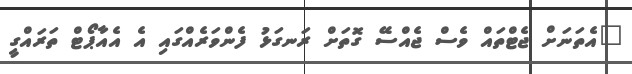
"އެތަނަށް ޖެޓްތައް ވެސް ޖެއްސޭ ގޮތަށް ރަނގަޅު ފެންވަރެއްގައި އެ އެއާޕޯޓް ތަރައްގީ